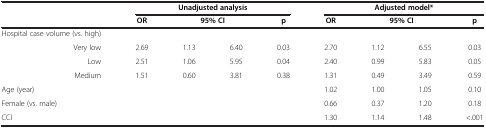
<table><thead><tr><td><b> </b></td><td colspan="4"><b>Unadjusted analysis</b></td><td colspan="4"><b>Adjusted model*</b></td></tr><tr><td><b> </b></td><td><b>OR</b></td><td colspan="2"><b>95% CI</b></td><td><b>p</b></td><td><b>OR</b></td><td colspan="2"><b>95% CI</b></td><td><b>p</b></td></tr></thead><tbody><tr><td>Hospital case volume (vs. high)</td><td> </td><td> </td><td> </td><td> </td><td> </td><td> </td><td> </td><td> </td></tr><tr><td>Very low</td><td>2.69</td><td>1.13</td><td>6.40</td><td>0.03</td><td>2.70</td><td>1.12</td><td>6.55</td><td>0.03</td></tr><tr><td>Low</td><td>2.51</td><td>1.06</td><td>5.95</td><td>0.04</td><td>2.40</td><td>0.99</td><td>5.83</td><td>0.05</td></tr><tr><td>Medium</td><td>1.51</td><td>0.60</td><td>3.81</td><td>0.38</td><td>1.31</td><td>0.49</td><td>3.49</td><td>0.59</td></tr><tr><td>Age (year)</td><td colspan="4"> </td><td>1.02</td><td>1.00</td><td>1.05</td><td>0.10</td></tr><tr><td>Female (vs. male)</td><td colspan="4"> </td><td>0.66</td><td>0.37</td><td>1.20</td><td>0.18</td></tr><tr><td>CCI</td><td colspan="4"> </td><td>1.30</td><td>1.14</td><td>1.48</td><td>&lt;.001</td></tr></tbody></table>